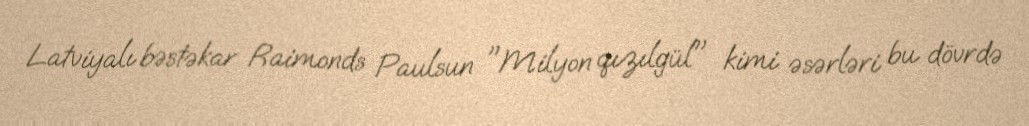
Latviyalı bəstəkar Raimonds Paulsun "Milyon qızılgül" kimi əsərləri bu dövrdə